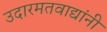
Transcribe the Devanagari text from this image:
उदारमतवाद्यांनी